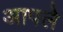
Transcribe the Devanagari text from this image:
अापले